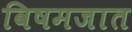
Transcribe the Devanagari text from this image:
विषमजात